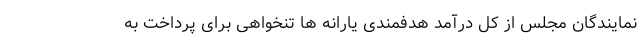
نمایندگان مجلس از کل درآمد هدفمندی یارانه ها تنخواهی برای پرداخت به